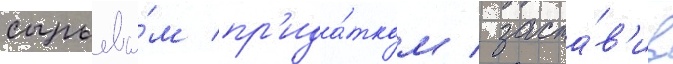
сырьевы́м пр'ида́тком / заста́в'ив